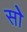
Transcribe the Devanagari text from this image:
सोे